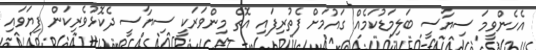
އެހެންވީމަ ސިޔާސީ ބަލިމަޑުކަމެއް ގައުމަށް ފެތުރިފައި އޮތް މިންވަރަކީ ސިޔާސީ ދެކޮޅުވެރިކަން ފިޔަވައި